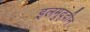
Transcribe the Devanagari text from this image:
इलमुद्दीन